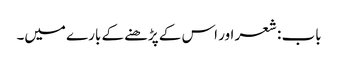
باب : شعر اور اس کے پڑھنے کے بارے میں۔